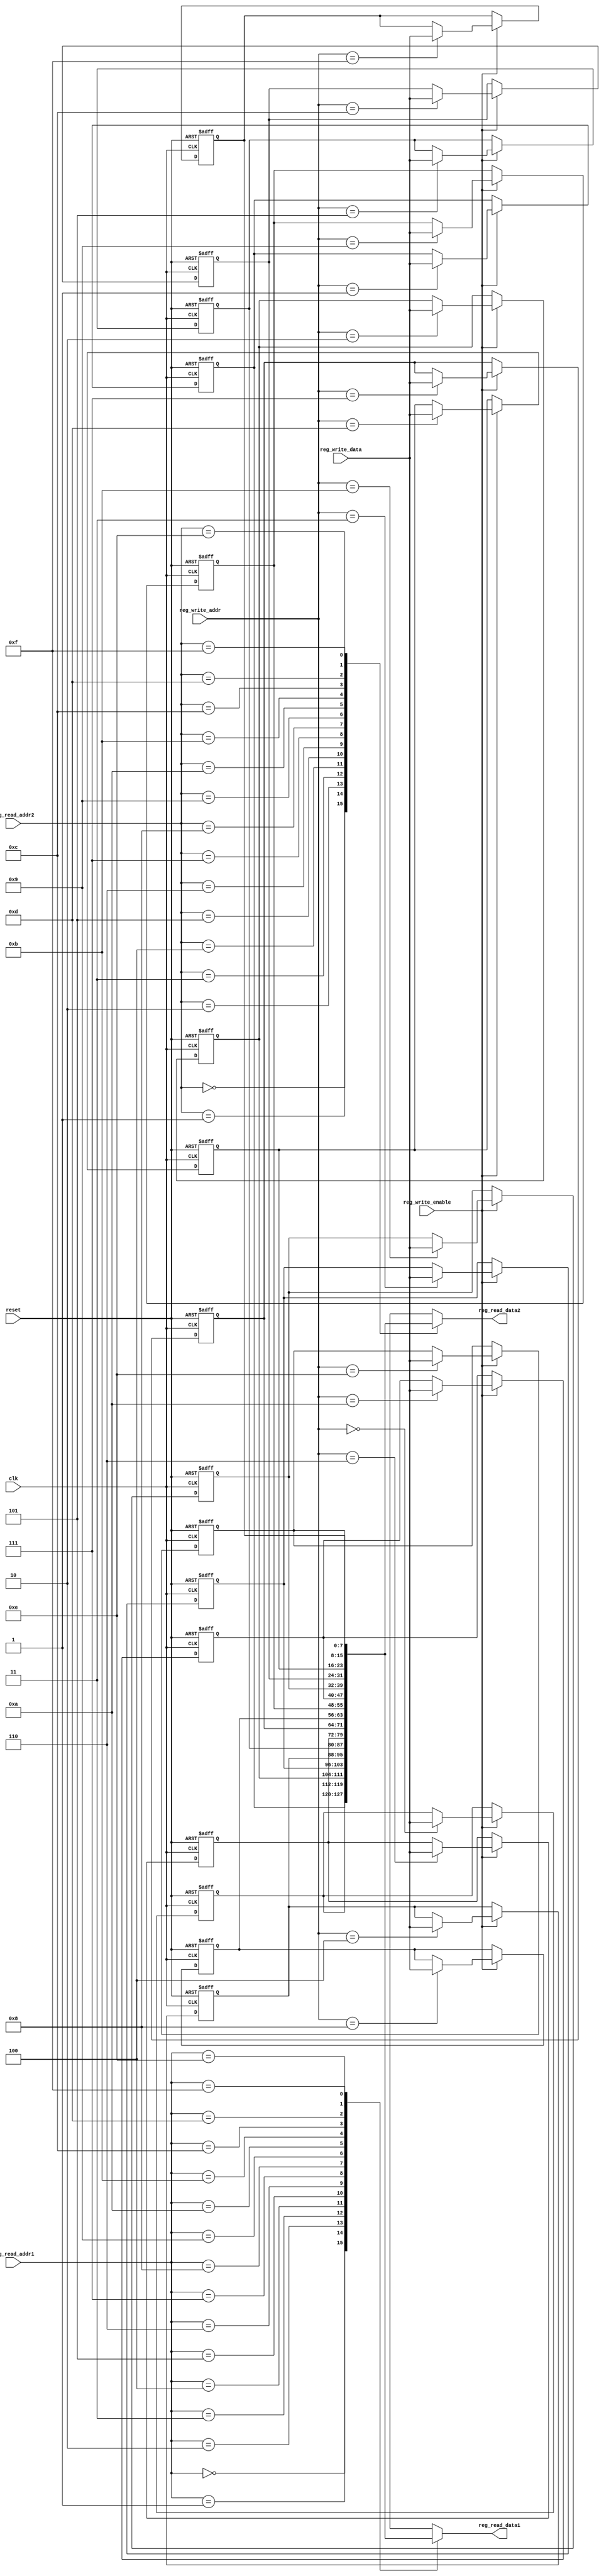
module reg_file (
    input wire clk,
    input wire reset,
    input wire [3:0] reg_write_addr,
    input wire [3:0] reg_read_addr1,
    input wire [3:0] reg_read_addr2,
    input wire [7:0] reg_write_data,
    input wire reg_write_enable,
    output wire [7:0] reg_read_data1,
    output wire [7:0] reg_read_data2
);
    reg [7:0] registers [15:0]; // 16 8-bit registers
    integer i;

    always @(posedge clk or posedge reset) begin
        if (reset) begin
            for (i = 0; i < 16; i = i + 1) begin
                registers[i] <= 8'b0; // Sets each register to 0 (clears the registers).
            end
        end else if (reg_write_enable) begin
            registers[reg_write_addr] <= reg_write_data;
        end
    end

    assign reg_read_data1 = registers[reg_read_addr1];
    assign reg_read_data2 = registers[reg_read_addr2];

endmodule